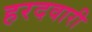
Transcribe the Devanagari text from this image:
हरदवारी